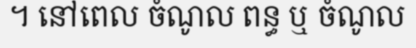
។ នៅពេល ចំណូល ពន្ធ ឬ ចំណូល